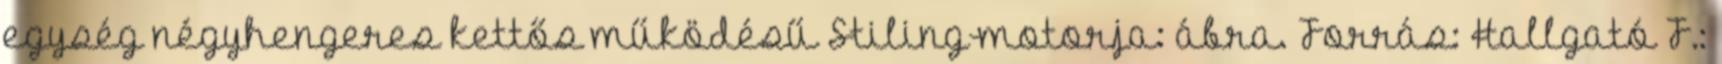
egység négyhengeres kettős működésű Stiling-motorja: ábra. Forrás: Hallgató F.: